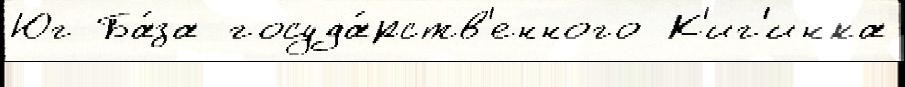
Юг Ба́за госуда́рств'енного К'иг'инка